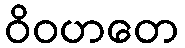
ဝိဝဟတေ